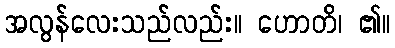
အလွန်လေးသည်လည်း။ ဟောတိ၊ ၏။